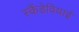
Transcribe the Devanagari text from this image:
स्कैंडेवियाई